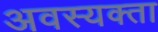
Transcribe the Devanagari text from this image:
अवस्यक्ता